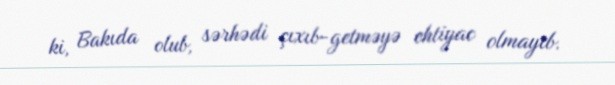
ki, Bakıda olub, sərhədi çıxıb-getməyə ehtiyac olmayıb.